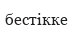
бестікке